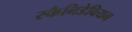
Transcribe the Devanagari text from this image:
स्कैनिडेवियन